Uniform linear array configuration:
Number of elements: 8
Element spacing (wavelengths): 1
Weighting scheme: blackman
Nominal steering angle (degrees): -60
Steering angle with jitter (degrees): -61.816
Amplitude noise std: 0.05
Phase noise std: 0.05

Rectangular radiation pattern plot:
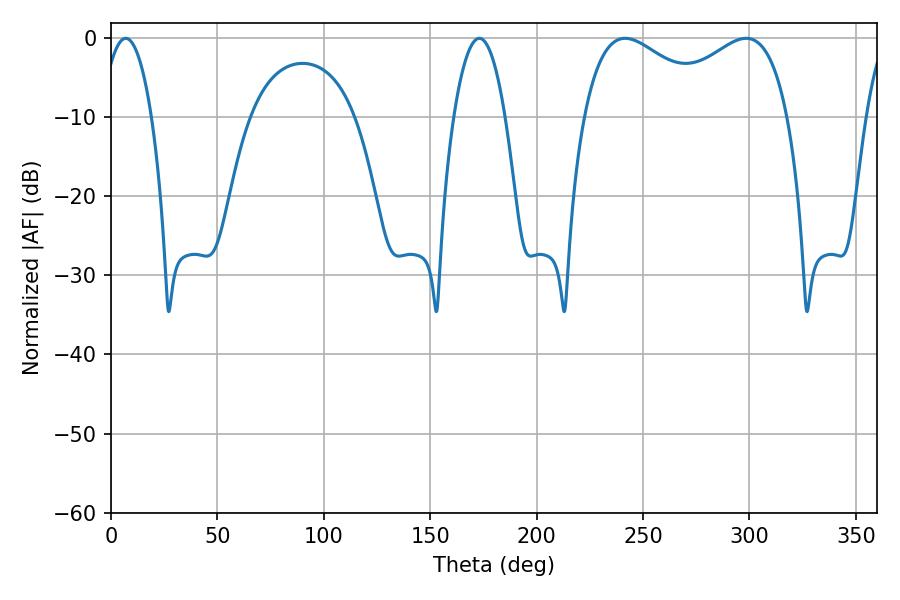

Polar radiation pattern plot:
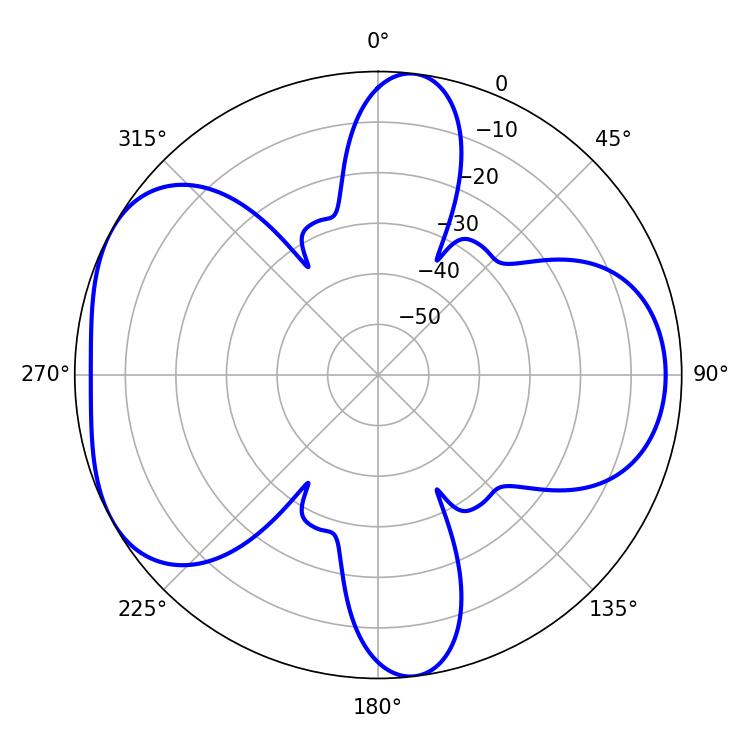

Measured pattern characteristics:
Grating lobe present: TRUE
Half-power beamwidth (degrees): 35.64
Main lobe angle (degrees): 241.56